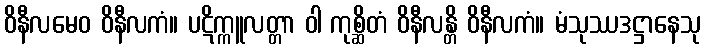
ဝိနီလမေဝ ဝိနီလကံ။ ပဋိက္ကူလတ္တာ ဝါ ကုစ္ဆိတံ ဝိနီလန္တိ ဝိနီလကံ။ မံသုဿဒဋ္ဌာနေသု